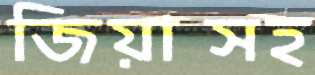
জিয়াসহ